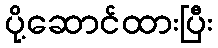
ပို့ဆောင်ထားပြီး